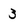
Character: 3